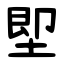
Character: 堲